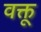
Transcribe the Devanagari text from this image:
वक्तू